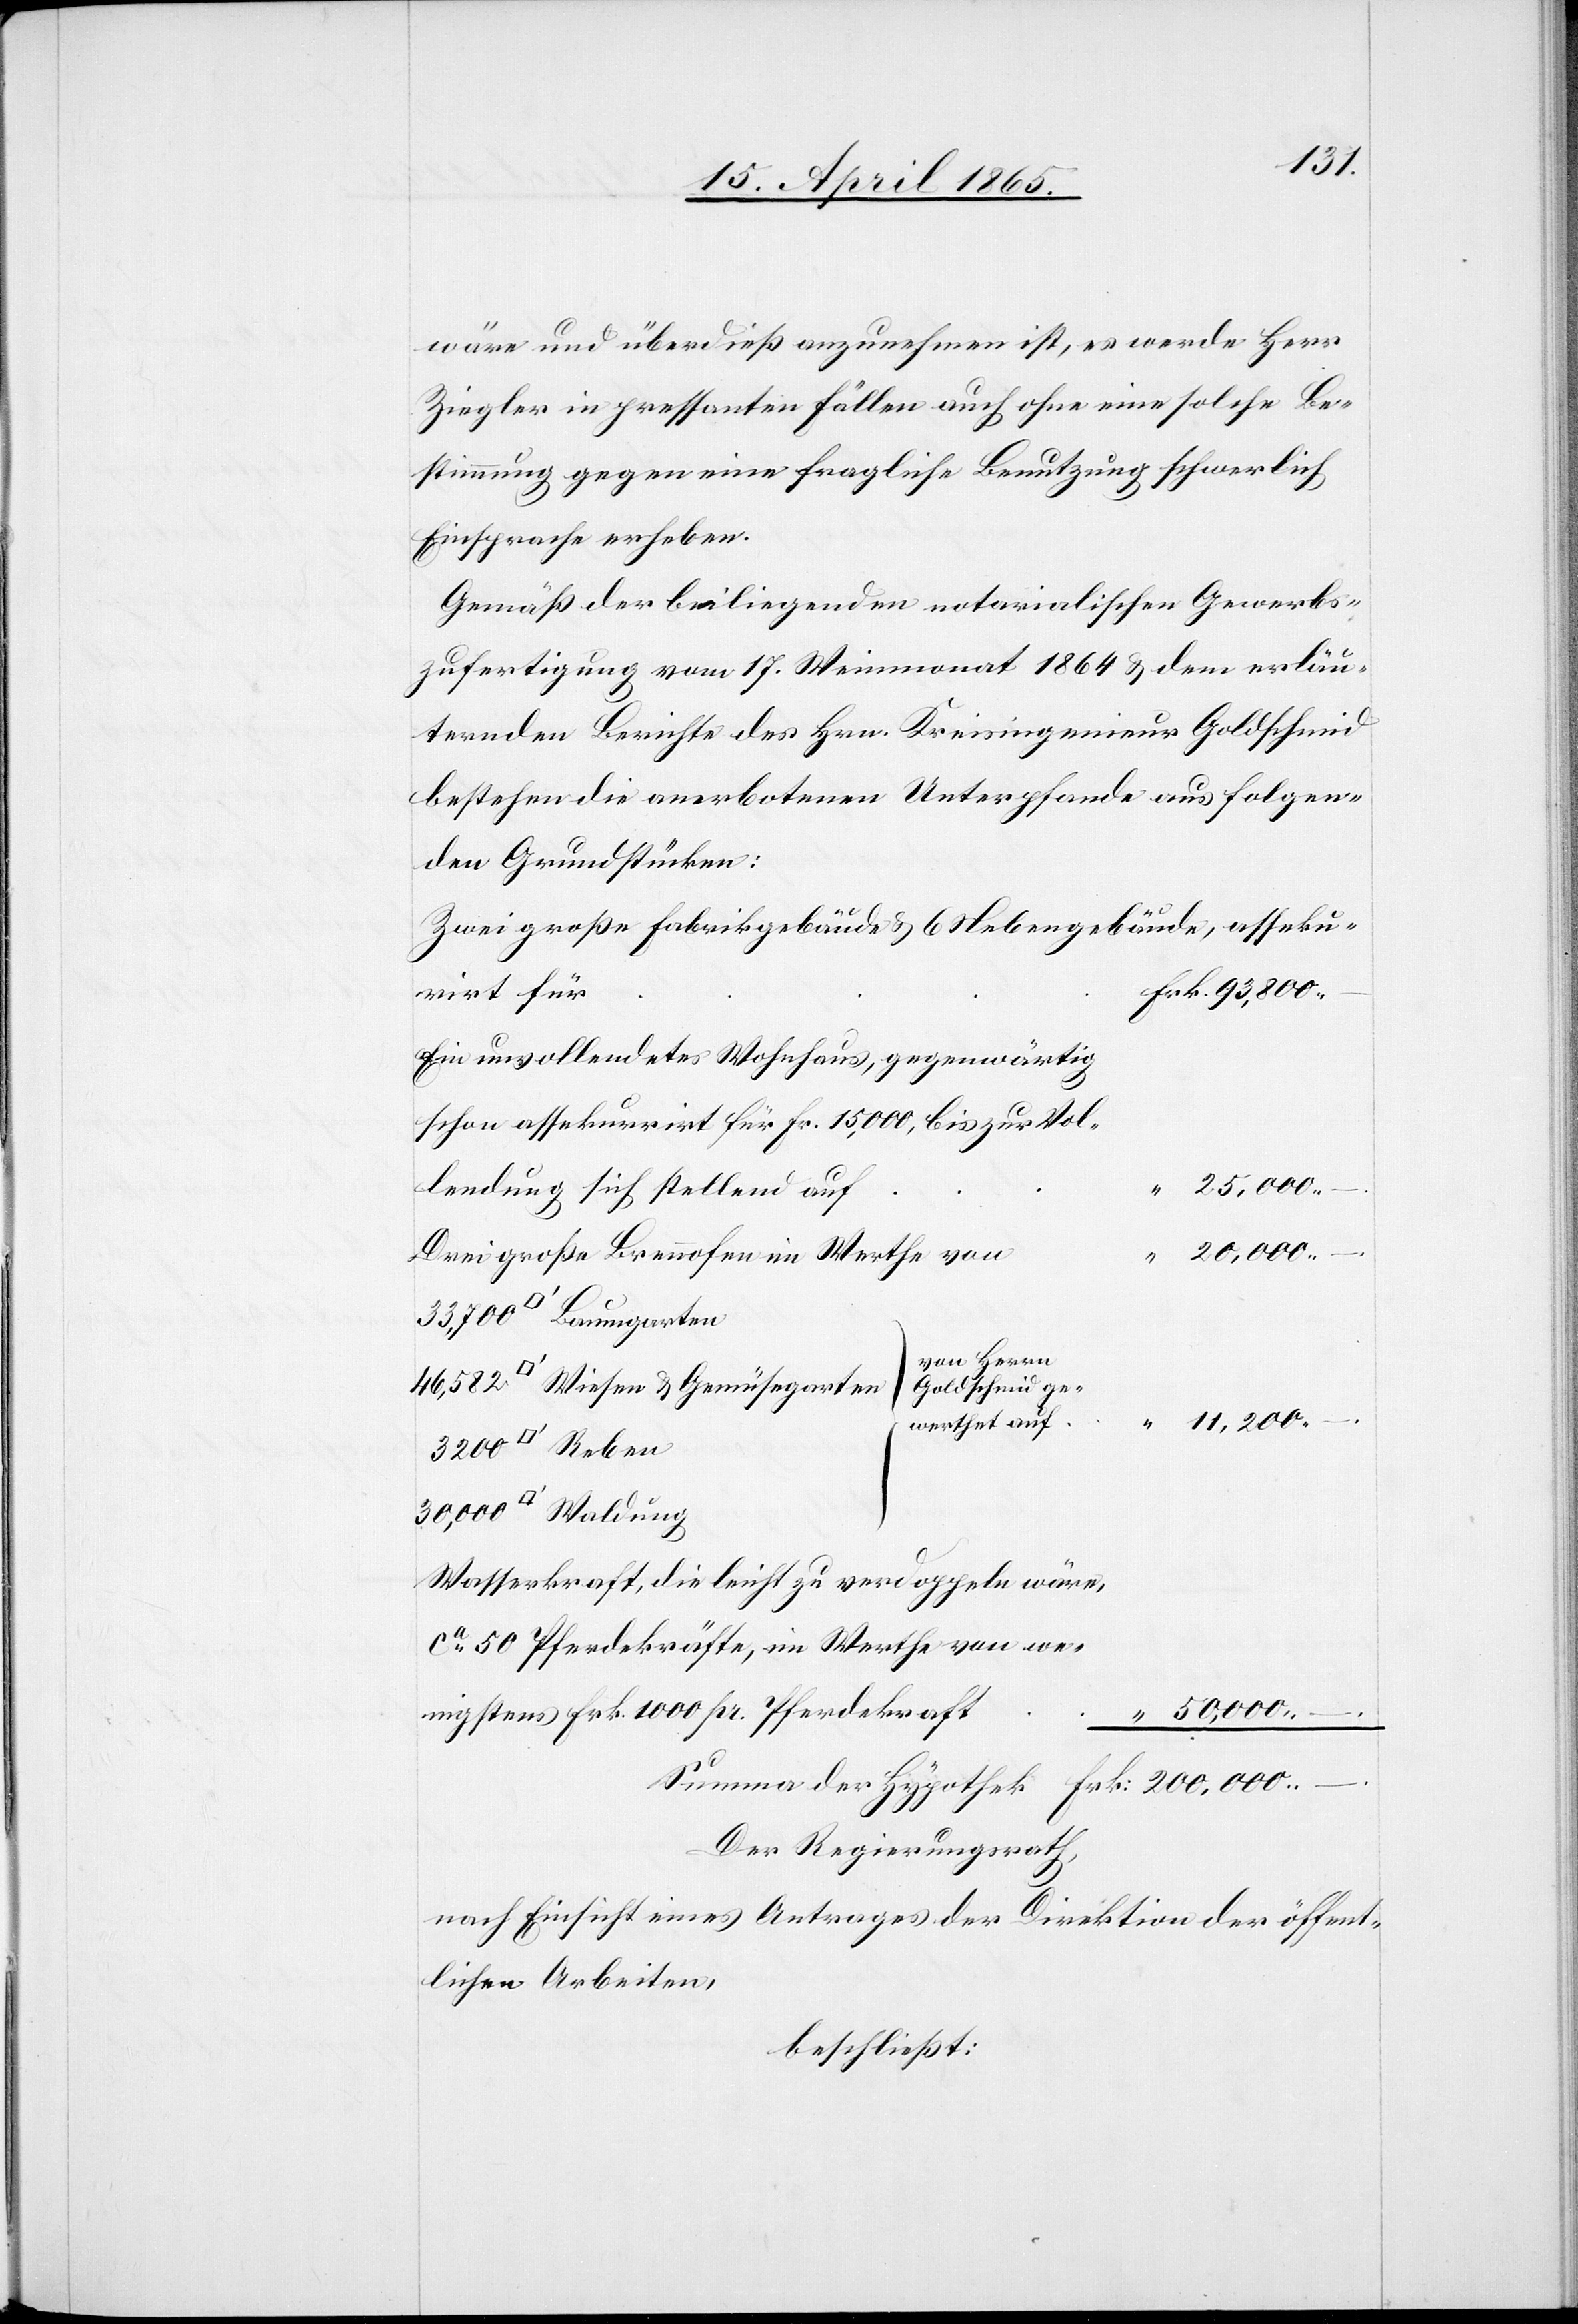
wäre und überdieß anzunehmen ist, es werde Herr
Ziegler in pressanten Fällen auch ohne eine solche Be¬
stimmung gegen eine fragliche Benutzung schwerlich
Einsprache erheben.
Gemäß der beiliegenden notarialischen Gewerbs¬
zufertigung vom 17. Weinmonat 1864 & dem erläu¬
ternden Berichte des Hrn. Kreisingenieur Goldschmid
bestehen die anerbotenen Unterpfande aus folgen¬
den Grundstücken:
Zwei große Fabrikgebäude & 6 Nebengebäude, asseku¬
rirt für
Ein unvollendetes Wohnhaus, gegenwärtig
schon assekurirt für Fr. 15,000, bis zur Vol¬
lendung sich stellend auf
Drei große Brennofen im Werthe von
von Herrn
tfuss] Wiesen & Gemüsegarten
der
werthet auf
Wasserkraft, die leicht zu verdoppeln wäre,
ca 50 Pferdekräfte, im Werthe von we¬
nigstens Frk. 1000 pr. Pferdekraft
200,000
–
Der Regierungsrath,
nach Einsicht eines Antrages der Direktion der öffent¬
lichen Arbeiten,
beschließt: